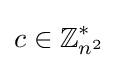
c\in \mathbb {Z} _{n^{2}}^{*}